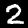
Label: 2